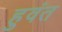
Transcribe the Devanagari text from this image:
हुवंत